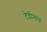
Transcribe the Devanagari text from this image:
टेदीनाथ